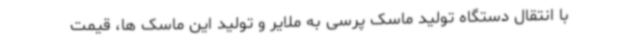
با انتقال دستگاه تولید ماسک پرسی به ملایر و تولید این ماسک ها، قیمت